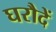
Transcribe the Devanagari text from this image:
घरौदें